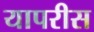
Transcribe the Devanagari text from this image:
यापरीस